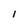
Character: I